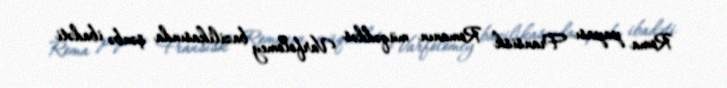
Roma papası Fransisk Romanın müqəddəs Varfolomey bazilikasında şənbə ibadəti